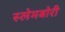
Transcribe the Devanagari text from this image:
स्‍लेमबोरी